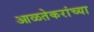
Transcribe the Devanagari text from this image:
आळतेकरांच्या